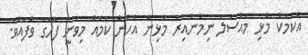
އެކަމަކު މުޅި މައްސަލަ ނިމުނުއިރު މުޅިން އެހެން ކަމެއް މިވަނީ ފާހަގަ ވެފައެވެ.